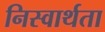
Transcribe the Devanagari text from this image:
निस्वार्थता